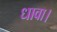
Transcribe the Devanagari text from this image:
धावा।